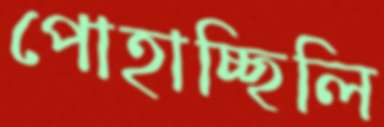
পোহাচ্ছিলি